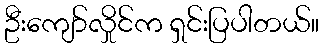
ဦးကျော်လှိုင်က ရှင်းပြပါတယ်။